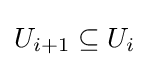
U_{i+1}\subseteq U_{i}